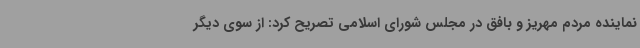
نماینده مردم مهریز و بافق در مجلس شورای اسلامی تصریح کرد: از سوی دیگر